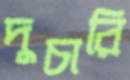
দুচারি